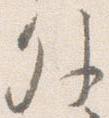
外